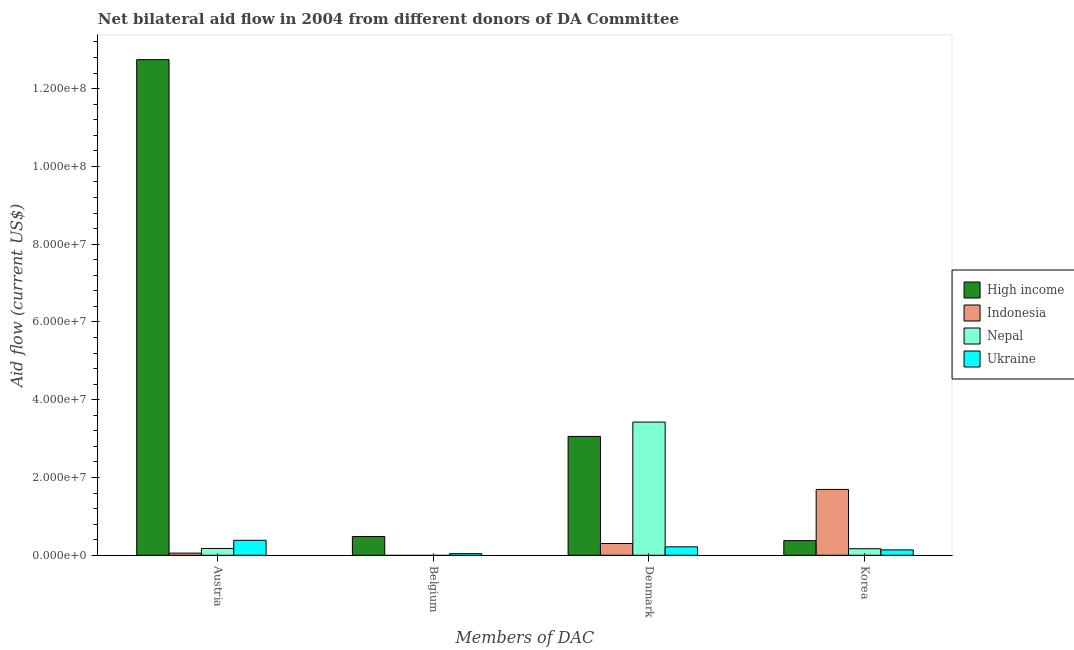
| Members of DAC | High income | Indonesia | Nepal | Ukraine |
 | --- | --- | --- | --- | --- |
 | Austria | 1.27e+08 | 5.5e+05 | 1.75e+06 | 3.85e+06 |
 | Belgium | 4.83e+06 | -6.91e+06 | -5.5e+05 | 4.1e+05 |
 | Denmark | 3.06e+07 | 3.02e+06 | 3.42e+07 | 2.17e+06 |
 | Korea | 3.76e+06 | 1.69e+07 | 1.68e+06 | 1.38e+06 |